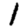
Digit: 1